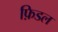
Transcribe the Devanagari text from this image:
फ़िडल